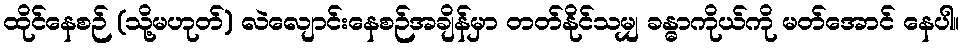
ထိုင်နေစဉ် (သို့မဟုတ်) လဲလျောင်းနေစဉ်အချိန်မှာ တတ်နိုင်သမျှ ခန္ဓာကိုယ်ကို မတ်အောင် နေပါ။